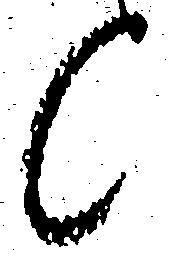
候